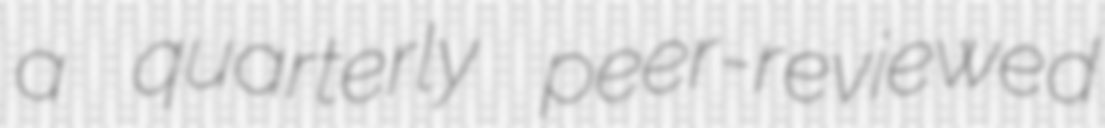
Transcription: a quarterly peer-reviewed